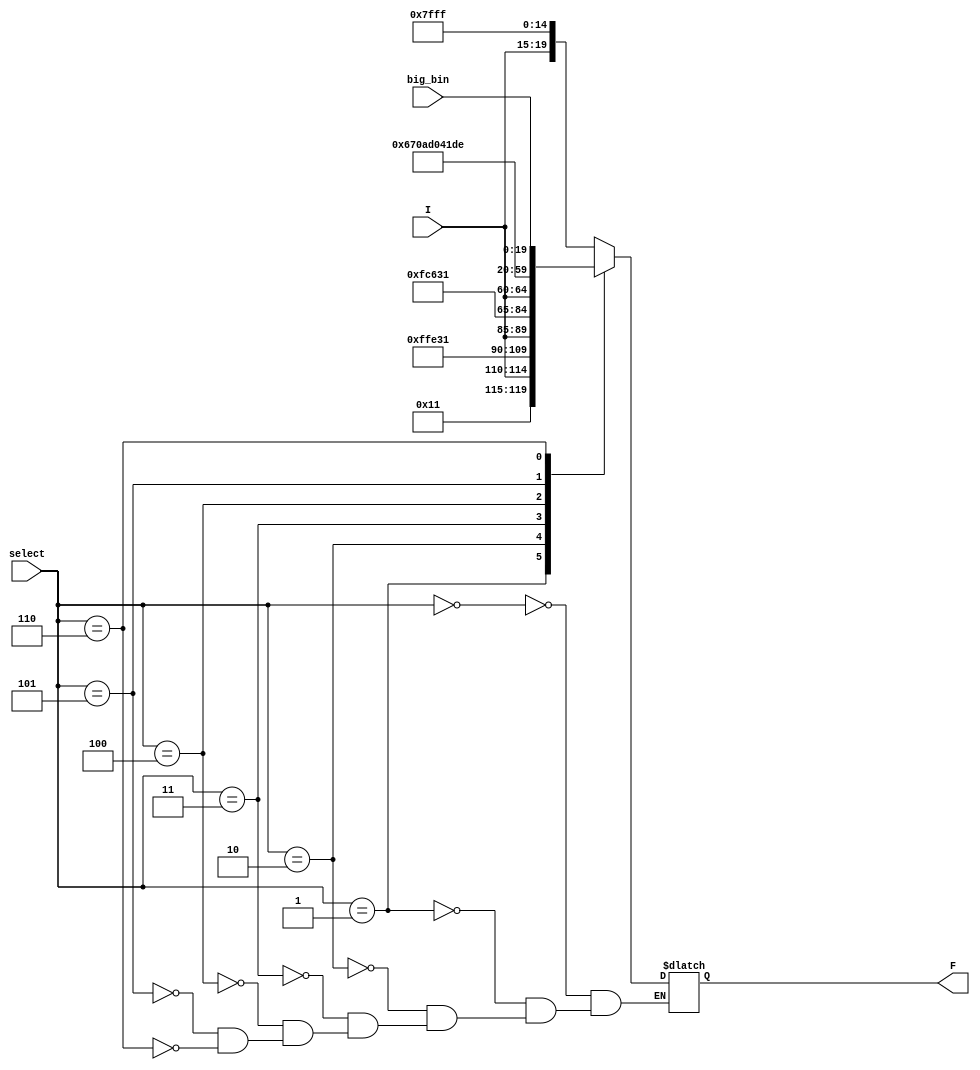
`timescale 1ns / 1ps
//////////////////////////////////////////////////////////////////////////////////
// Company: 
// Engineer: 
// 
// Design Name: 
// Module Name:    mux 
// Project Name: 
// Target Devices: 
// Tool versions: 
// Description: 
//
// Dependencies: 
//
// Revision: 
// Revision 0.01 - File Created
// Additional Comments: 
//
//////////////////////////////////////////////////////////////////////////////////
module mux(
	input [2:0]select,
	input [4:0]I,
	input [19:0]big_bin,
	output reg [19:0]F
    );
	 
	 always @(select, I, big_bin[19:0]) begin
		case (select)
			3'b000: F <= {I[4:0],15'b111111111111111};
			3'b001: F <= {5'b10001,I[4:0],10'b1111111111};
			3'b010: F <= {10'b1000110001,I[4:0],5'b11111};
			3'b011: F <= {15'b100011000110001, I[4:0]};
			3'b100: F <= 20'b01100111000010101101;
			3'b101: F <= 20'b00000100000111011110;
			3'b110: F <= big_bin[19:0];
		endcase
	 end


endmodule